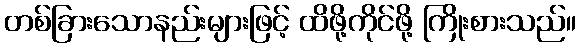
တစ်ခြားသောနည်းများဖြင့် ထိဖို့ကိုင်ဖို့ ကြိုးစားသည်။